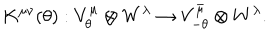
LaTeX: K ^ { \mu \nu } ( \theta ) : V _ { \theta } ^ { \mu } \otimes W ^ { \lambda } \to V _ { - \theta } ^ { \bar { \mu } } \otimes W ^ { \lambda } .